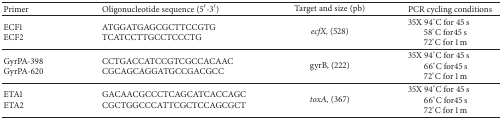
| Primer | Oligonucleotide sequence (5′-3′) | Target and size (pb) | PCR cycling conditions |
 | --- | --- | --- | --- |
 | ECF1 ECF2 | ATGGATGAGCGCTTCCGTG TCATCCTTGCCTCCCTG | ecfX, (528) | 35X 94°C for 45 s58°C for45 s72°C for 1 m |
 | GyrPA-398 GyrPA-620 | CCTGACCATCCGTCGCCACAAC CGCAGCAGGATGCCGACGCC | gyrB, (222) | 35X 94°C for 45 s66°C for45 s72°C for 1 m |
 | ETA1 ETA2 | GACAACGCCCTCAGCATCACCAGC CGCTGGCCCATTCGCTCCAGCGCT | toxA, (367) | 35X 94°C for 45 s66°C for45 s72°C for 1 m |